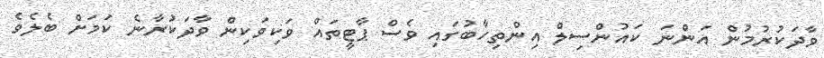
ވާދަކުރުމުން އަންނަ ކައުންސިލް އިންތިހާބުގައި ވެސް ޕާާޓީތައް ވަކިވަކިން ވާދަކުރާނެ ކަމަށް ބެލެވެ